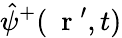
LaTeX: \hat{\psi}^{+}(\mathrm{~\mathbf~r~}^{\prime},t)